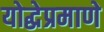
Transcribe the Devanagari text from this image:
योद्धेप्रमाणे